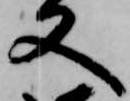
又